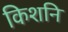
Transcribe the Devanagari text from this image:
किशनि